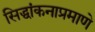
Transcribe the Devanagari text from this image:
सिद्धांकनाप्रमाणे